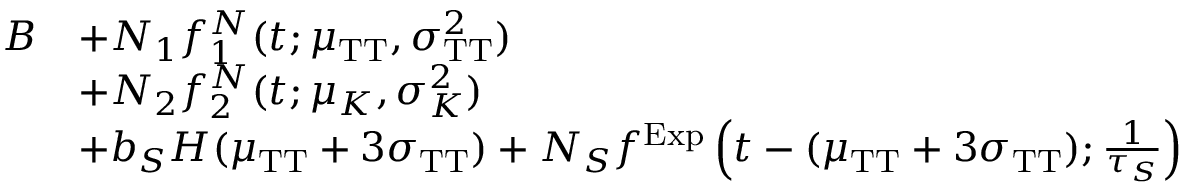
\begin{array} { r l } { B } & { + N _ { 1 } f _ { 1 } ^ { N } ( t ; \mu _ { \mathrm { T T } } , \sigma _ { \mathrm { T T } } ^ { 2 } ) } \\ & { + N _ { 2 } f _ { 2 } ^ { N } ( t ; \mu _ { K } , \sigma _ { K } ^ { 2 } ) } \\ & { + b _ { S } H ( \mu _ { \mathrm { T T } } + 3 \sigma _ { \mathrm { T T } } ) + N _ { S } f ^ { \mathrm { E x p } } \left( t - ( \mu _ { \mathrm { T T } } + 3 \sigma _ { \mathrm { T T } } ) ; \frac { 1 } { \tau _ { S } } \right) } \end{array}